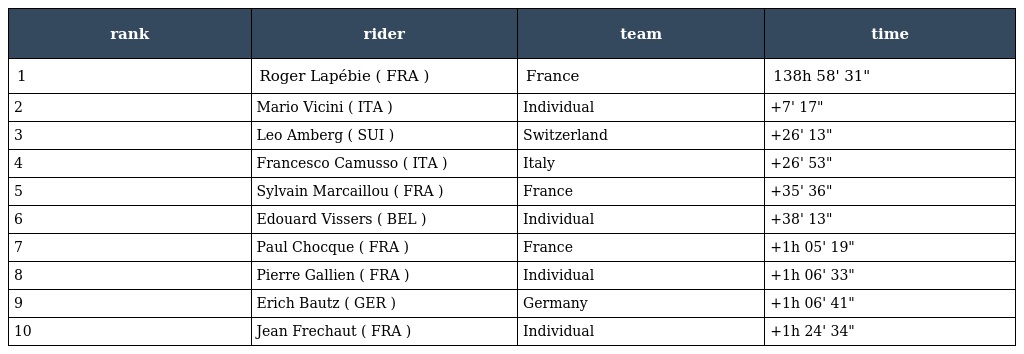
| rank | rider | team | time |
 | --- | --- | --- | --- |
 | 1 | Roger Lapébie ( FRA ) | France | 138h 58' 31" |
 | 2 | Mario Vicini ( ITA ) | Individual | +7' 17" |
 | 3 | Leo Amberg ( SUI ) | Switzerland | +26' 13" |
 | 4 | Francesco Camusso ( ITA ) | Italy | +26' 53" |
 | 5 | Sylvain Marcaillou ( FRA ) | France | +35' 36" |
 | 6 | Edouard Vissers ( BEL ) | Individual | +38' 13" |
 | 7 | Paul Chocque ( FRA ) | France | +1h 05' 19" |
 | 8 | Pierre Gallien ( FRA ) | Individual | +1h 06' 33" |
 | 9 | Erich Bautz ( GER ) | Germany | +1h 06' 41" |
 | 10 | Jean Frechaut ( FRA ) | Individual | +1h 24' 34" |